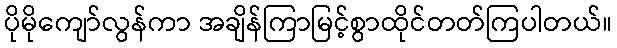
ပိုမိုကျော်လွန်ကာ အချိန်ကြာမြင့်စွာထိုင်တတ်ကြပါတယ်။